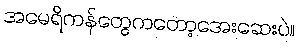
အမေရိကန်တွေကတော့အေးဆေးပဲ။